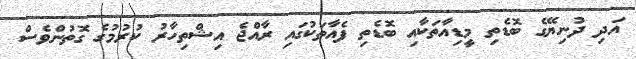
އަދި ދުނިޔޭގެ ބޮޑެތި މީޑިއާތަކާއި ބޮޑެތި ފެއާތަކުގައި ރާއްޖެ އިޝްތިހާރު ކުރުމުގެ ގޮތުންވެސް